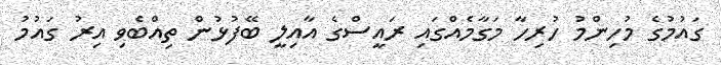
ގައުމުގެ މުހިންމު ހުރިހާ މަގާމެއްގައި ރައީސްގެ އާއިލީ ބޭފުޅުން ތިއްބެވި އިރު ގައުމު